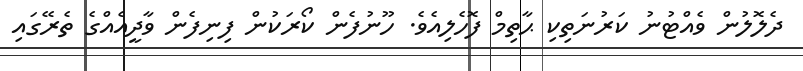
ދެލޮލުން ވެއްޓުނު ކަރުނަތިކި ޙާތިމް ފޮހެލިއެވެ. ހޫނުފެން ކޯރަކުން ފިނިފެން ވާދީއެއްގެ ތެރޭގައި